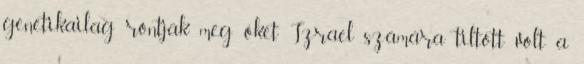
genetikailag rontják meg őket Izrael számára tiltott volt a